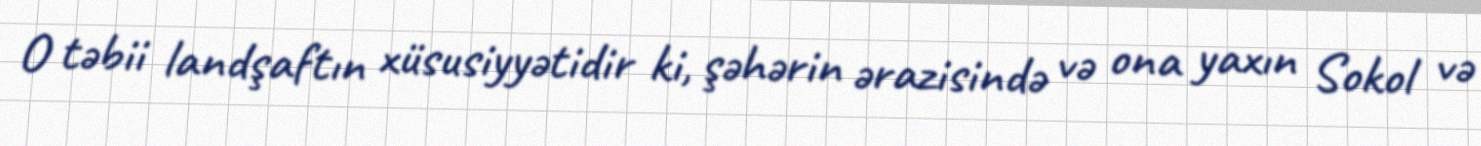
O təbii landşaftın xüsusiyyətidir ki, şəhərin ərazisində və ona yaxın Sokol və